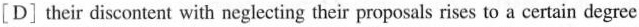
[D] their discontent with neglecting their proposals rises to a certain degree